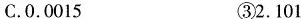
C.0.0015 ③2.101